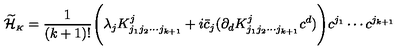
\displaystyle \widetilde { \cal H } _ { \scriptscriptstyle K } = \frac { 1 } { ( k + 1 ) ! } \Biggl ( \lambda _ { j } K _ { j _ { 1 } j _ { 2 } \cdots j _ { k + 1 } } ^ { j } + i \bar { c } _ { j } ( \partial _ { d } K _ { j _ { 1 } j _ { 2 } \cdots j _ { k + 1 } } ^ { j } c ^ { d } ) \Biggr ) c ^ { j _ { 1 } } \cdots c ^ { j _ { k + 1 } }